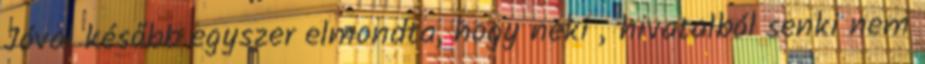
Jóval később egyszer elmondta, hogy neki „hivatal­ból senki nem